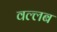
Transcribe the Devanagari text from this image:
वल्लब